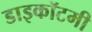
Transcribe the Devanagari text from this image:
डाइकॉटमी